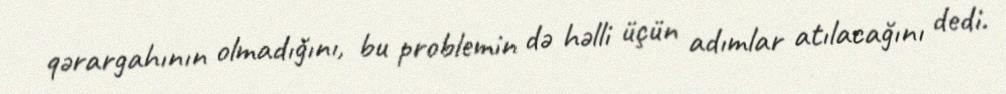
qərargahının olmadığını, bu problemin də həlli üçün adımlar atılacağını dedi.